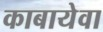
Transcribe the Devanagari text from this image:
काबायेवा